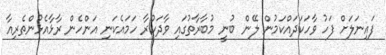
ފައިނަލަށް ފަހު ވާހަކަދައްކަމުން ލޭން ބުނީ މުބާރާތުގައި ވާދަކުރާ ހަމައެކަނި އަންހެން ރާޅާއެޅުންތެރިއާ